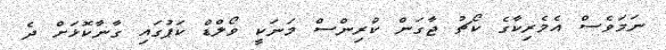
ނަމަވެސް އެމެރިކާގެ ކޯޗު ޖާގަން ކްރިންސް މަނަކީ ވޯލްޑް ކަޕުގައި ގާނާކޮޅަށް ދެ